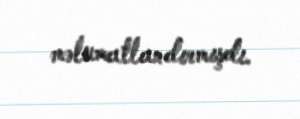
məlumatlandırmışdı.